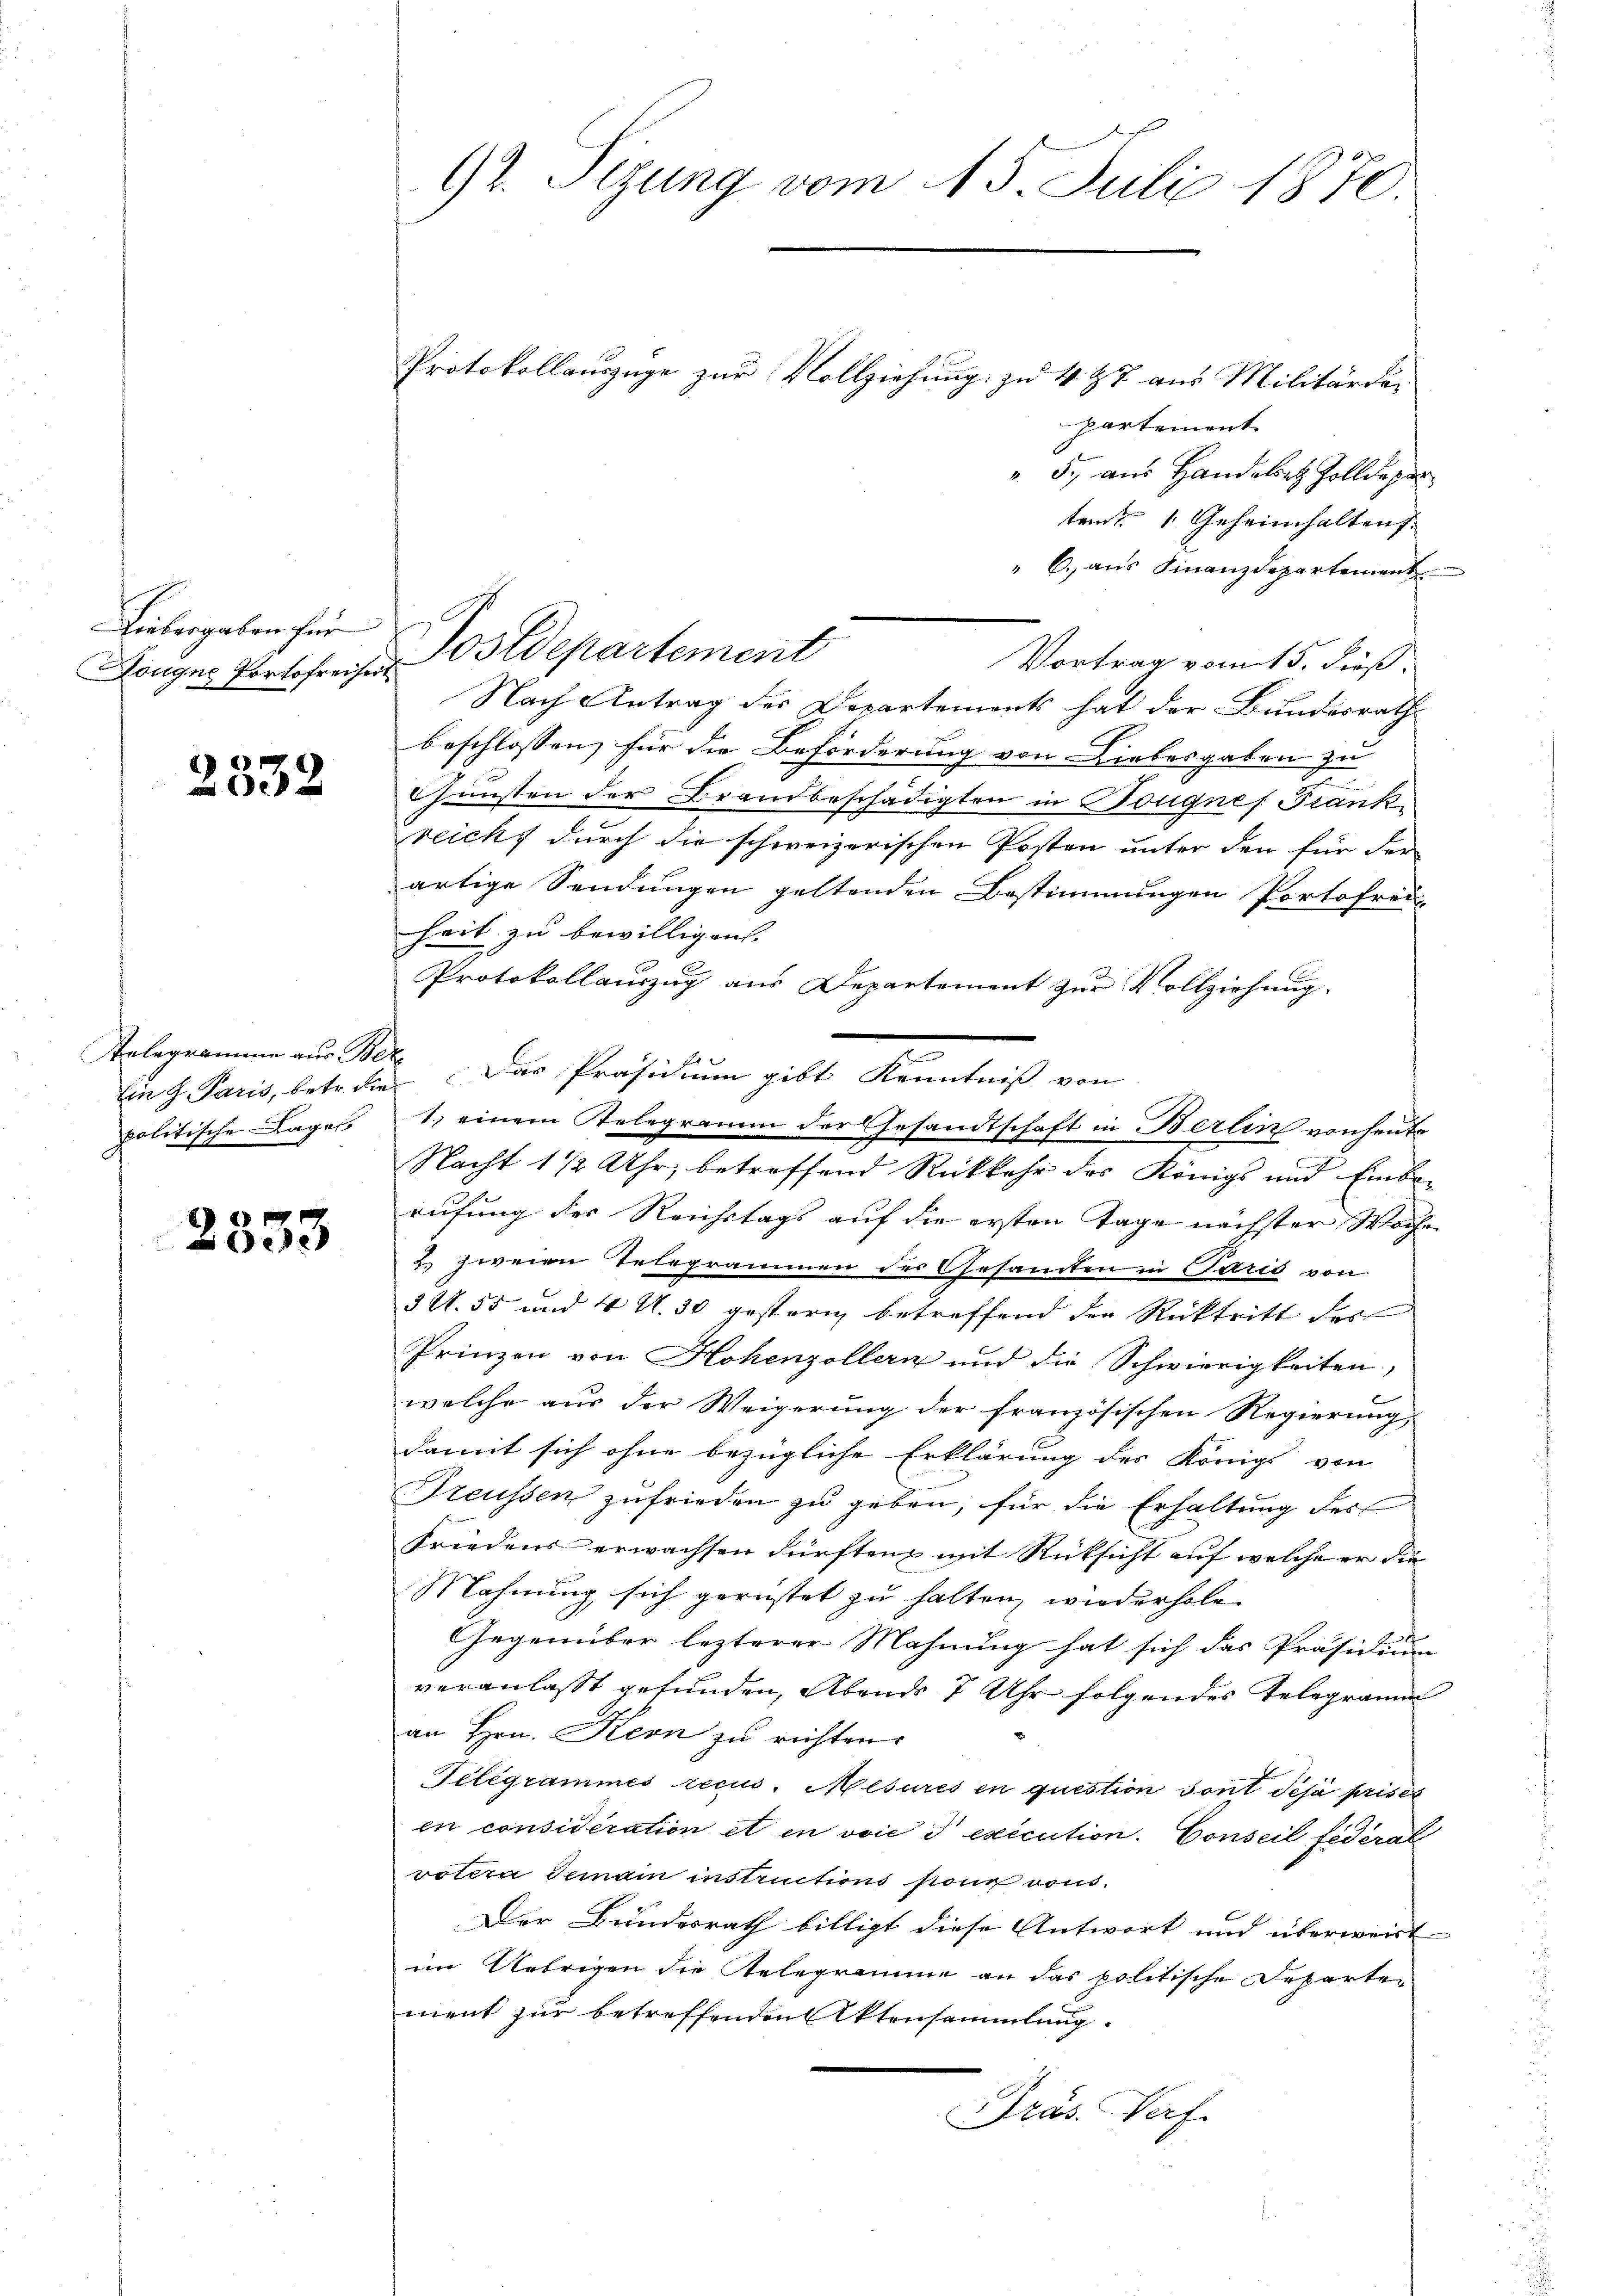
Liebergaben für
Longne Portofreiheit

2332

Telegramme aus Bez

2333

92. Sizung vom 15. Juli 1870.

Protokollauszüge zur Vollziehung zu 4 ½ 7 aus Militärde
partement
". 5. am Handelet Zolldepar
temt 1 Geheimhalten
" 6. aus Finanzdepartement
Vortrag vom 15. Fuß.
Nach Antrag des Departements hat der Bundesrath
beschlossen, für die Beförderung von Liebesgaben zu
d
Junsten der Brandbeschädigten in Dougnes Frank
reichs durch die schweizerischen Posten unter den für der
artige Sendungen geltenden Bestimmungen Portofrei-
heit zu bewilligen. |
Protokollauszug aus Departement zur Vollziehung.
.
Ein H. Paris, betr. die Das Präsidium gibt Kenntniß von
politische Lage 1) einem Relegramm der Gesandtschaft in Berlin von heute
Nacht 1 1/2 Uhr, betreffend Rückkehr des Königs und Einberufung der Reichstags auf die ersten Tage nächster Woche
2. zweien Telegrammen der Gesamten in Paris von
3 N. 55 und 4 U. 30 gestern betreffend den Rücktritt der
Prinzen von Hohenzollern und die Schwierigkeiten,
welche aus der Weigerung der französischen Regierung,
damit sich ohne bezügliche Erklärung des Königs von
Freussen zufrieden zu geben, für die Erhaltung des
Friedens erwachsen dürften, mit Rücksicht auf welche er die
Mahnung sich gerüstet zu halten, wiederhole
Gegenüber lezterer Mahnung hat sich das Präsidium
veranlasst gefunden, Abends 7 Uhr folgendes Telegramm
an Hrn. Kern zu richten.
Telegrammes recus. Mesures en question sont déjà priser
en considération et in voie 3 exécution. Conseil fédéral
votera Gemain instructions sons vous.
Der Bundesrath billigt diese Antwort und überweist
im Uebrigen die Telegramme an das politische Departement zur betreffendentensammlung.
Präs. Verf.

Postdepartement